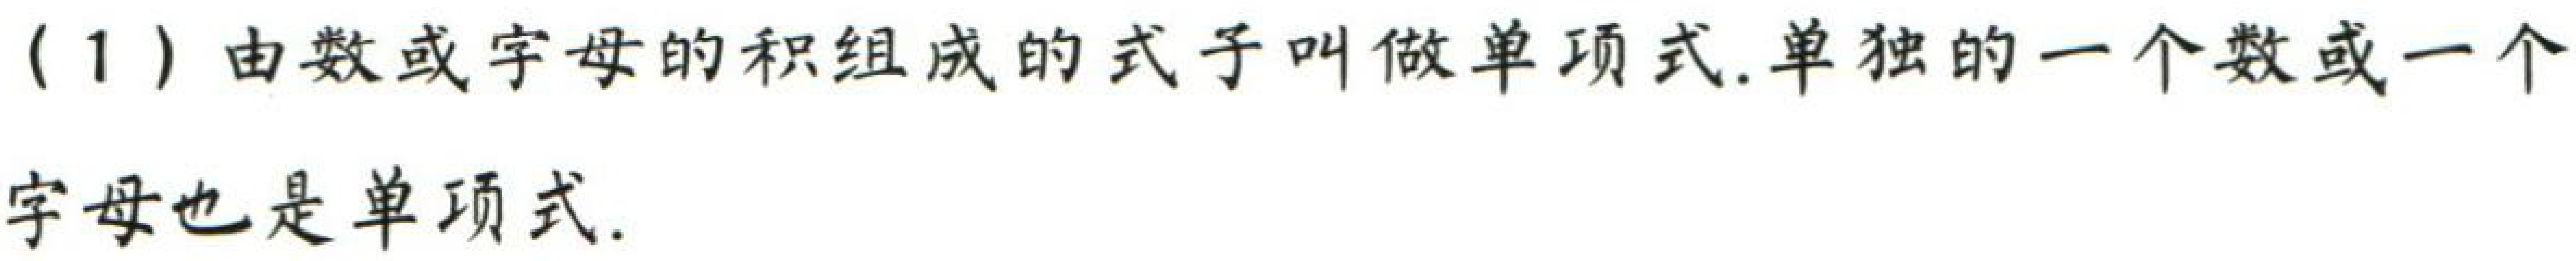
(1) 由数或字母的积组成的式子叫做单项式. 单独的一个数或一个字母也是单项式.